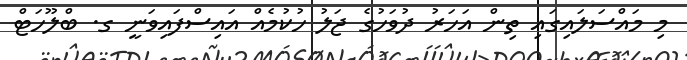
މި މައްސަލައިގައި ތިން އަހަރު ދުވަހުގެ ޖަލު ހުކުމެއް އައިސްފައިވަނީ ގ. ބްލޫހަޓް